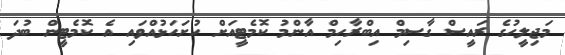
މަޖިލީހުގެ ރައީސް ގާސިމް އިބްރާހިމް އާންމު ކޮމެޓީއަށް ހުށަހަޅުއްވައި އެ ކޮމެޓީން ބުދަ